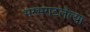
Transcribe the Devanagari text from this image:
भरभराटलेल्या